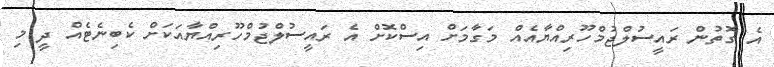
އެ ގޮތުން ރައީސުލްޖުމްހޫރިއްޔާއެއް މަގާމަށް އިސްކޮށް އެ ރައީސުލްޖުމްހޫރިއްޔާއަކަށް ކެބިނެޓެއް ދީ މި